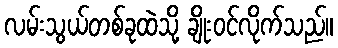
လမ်းသွယ်တစ်ခုထဲသို့ ချိုးဝင်လိုက်သည်။